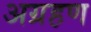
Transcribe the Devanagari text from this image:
अग्रहण